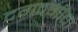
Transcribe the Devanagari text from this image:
दगदगीचा